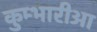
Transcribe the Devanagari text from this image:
कुम्भारीआ